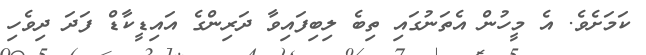
ކަމަށެވެ. އެ މީހުން އެތަނުގައި ތިބެ ލިބިފައިވާ ދަރިންގެ އައިޑީކާޑް ފަދަ ދިވެހި